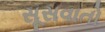
સૂસવાતો